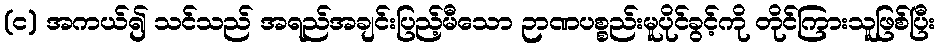
(င) အကယ်၍ သင်သည် အရည်အချင်းပြည့်မီသော ဉာဏပစ္စည်းမူပိုင်ခွင့်ကို တိုင်ကြားသူဖြစ်ပြီး